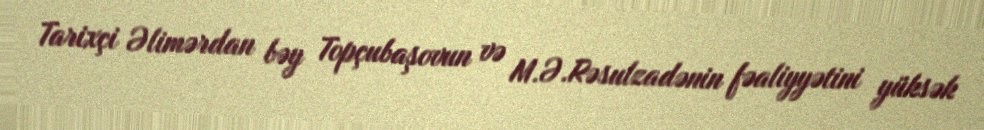
Tarixçi Əlimərdan bəy Topçubaşovun və M.Ə.Rəsulzadənin fəaliyyətini yüksək